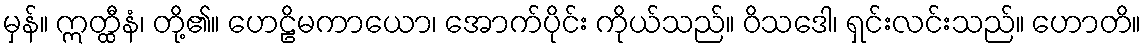
မှန်။ ဣတ္ထီနံ၊ တို့၏။ ဟေဠိမကာယော၊ အောက်ပိုင်း ကိုယ်သည်။ ဝိသဒေါ၊ ရှင်းလင်းသည်။ ဟောတိ။